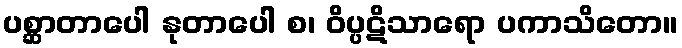
ပစ္ဆာတာပေါ နုတာပေါ စ၊ ဝိပ္ပဋိသာရော ပကာသိတော။